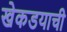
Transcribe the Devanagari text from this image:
खेकडयाची